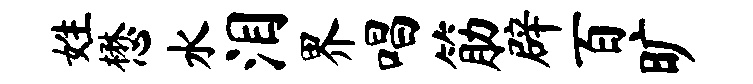
姓懋水泪界唱筋辟百旷